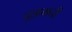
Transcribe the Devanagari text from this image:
चूड़ामनी